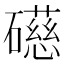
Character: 礠